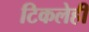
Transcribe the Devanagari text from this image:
टिकलेही